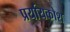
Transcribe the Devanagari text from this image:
प्रर्यायकोश